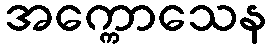
အက္ကောသေန